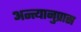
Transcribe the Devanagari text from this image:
अन्त्यानुप्रास